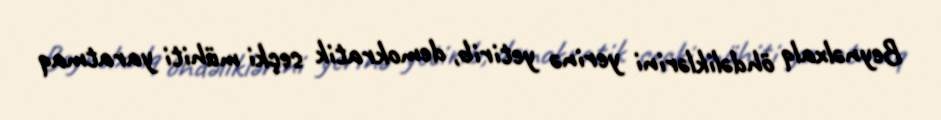
Beynəlxalq öhdəliklərini yerinə yetirib, demokratik seçki mühiti yaratmaq